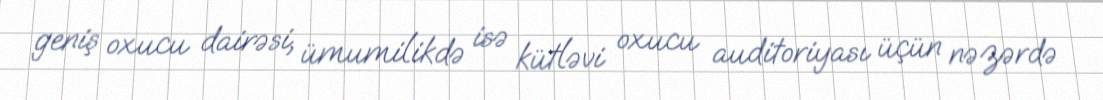
geniş oxucu dairəsi, ümumilikdə isə kütləvi oxucu auditoriyası üçün nəzərdə